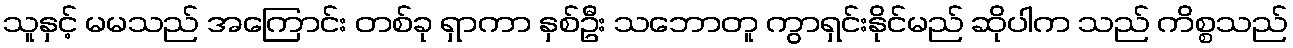
သူနှင့် မမသည် အကြောင်း တစ်ခု ရှာကာ နှစ်ဦး သဘောတူ ကွာရှင်းနိုင်မည် ဆိုပါက သည် ကိစ္စသည်